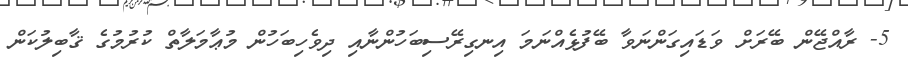
5- ރާއްޖޭން ބޭރަށް ވަޑައިގަންނަވާ ބޭފުޅެއްނަމަ އިނގިރޭސިބަހުންނާއި ދިވެހިބަހުން މުޢާމަލާތް ކުރުމުގެ ޤާބިލުކަން